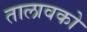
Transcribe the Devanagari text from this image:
तालावको